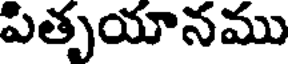
పితృయానము